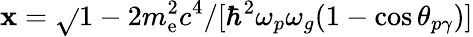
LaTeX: \mathbf{x}=\sqrt{}{{1-2m_{\mathrm{{e}}}^{2}c^{4}/[\hbar^{2}\omega_{p}\omega_{g}(1-\cos\theta_{p\gamma})]}}